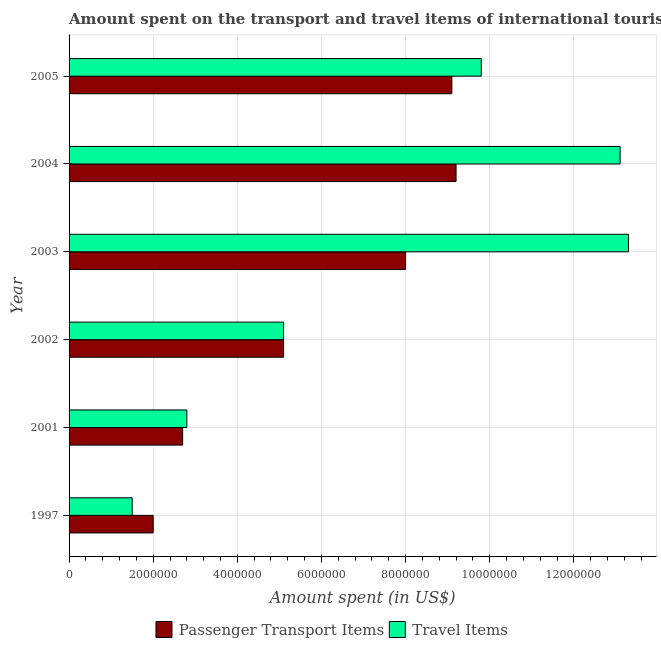
| Year | Passenger Transport Items | Travel Items |
 | --- | --- | --- |
 | 1997 | 2e+06 | 1.5e+06 |
 | 2001 | 2.7e+06 | 2.8e+06 |
 | 2002 | 5.1e+06 | 5.1e+06 |
 | 2003 | 8e+06 | 1.33e+07 |
 | 2004 | 9.2e+06 | 1.31e+07 |
 | 2005 | 9.1e+06 | 9.8e+06 |